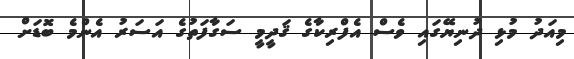
މިއަދު މުޅި ދުނިޔޭގައި ވެސް އެފްރިކާގެ ޤަދީމީ ސަގާފަތުގެ އަސަރު އެންމެ ބޮޑަށް